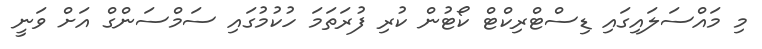
މި މައްސަލައިގައި ޑިސްޓްރިކްޓް ކޯޓުން ކުރި ފުރަތަމަ ހުކުމުގައި ސަމްސަންގް އަށް ވަނީ